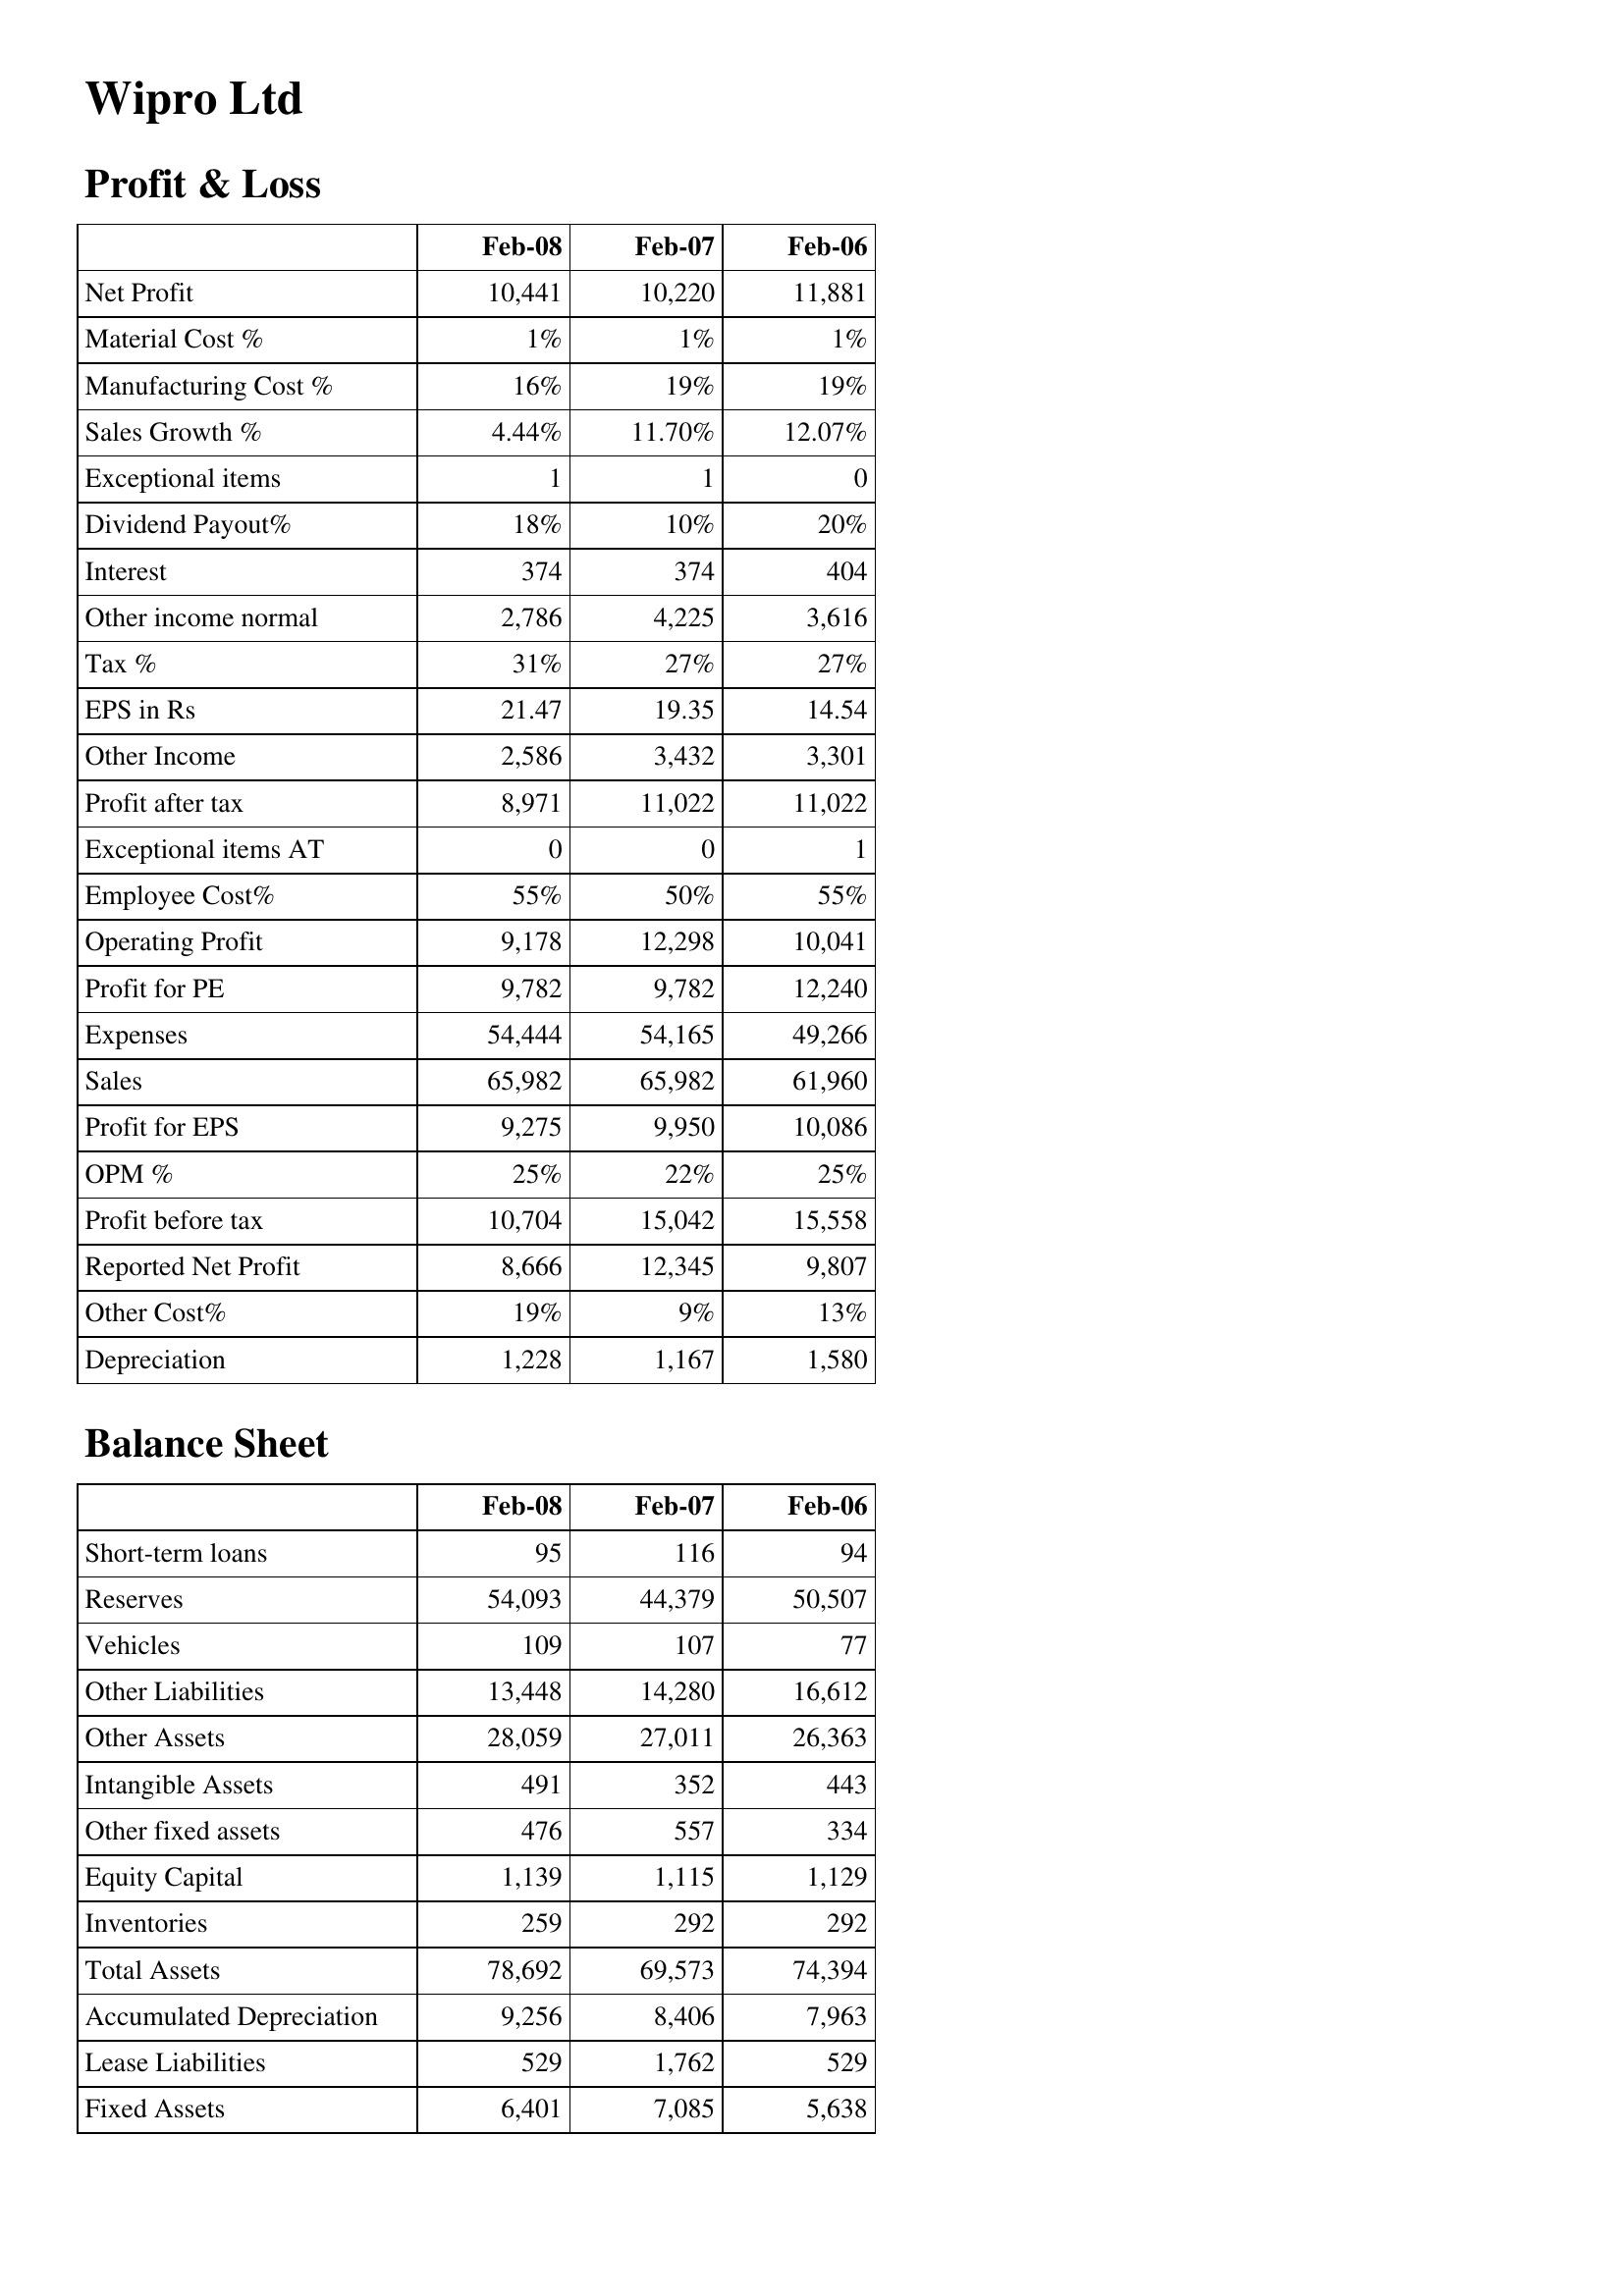
Feb-08: Profit & Loss: Net Profit: 10,441
Material Cost %: 1%
Manufacturing Cost %: 16%
Sales Growth %: 4.44%
Exceptional items: 1
Dividend Payout%: 18%
Interest: 374
Other income normal: 2,786
Tax %: 31%
EPS in Rs: 21.47
Other Income: 2,586
Profit after tax: 8,971
Exceptional items AT: 0
Employee Cost%: 55%
Operating Profit: 9,178
Profit for PE: 9,782
Expenses: 54,444
Sales: 65,982
Profit for EPS: 9,275
OPM %: 25%
Profit before tax: 10,704
Reported Net Profit: 8,666
Other Cost%: 19%
Depreciation: 1,228
Balance Sheet: Short-term loans: 95
Reserves: 54,093
Vehicles: 109
Other Liabilities: 13,448
Other Assets: 28,059
Intangible Assets: 491
Other fixed assets: 476
Equity Capital: 1,139
Inventories: 259
Total Assets: 78,692
Accumulated Depreciation: 9,256
Lease Liabilities: 529
Fixed Assets: 6,401
Feb-07: Profit & Loss: Net Profit: 10,220
Material Cost %: 1%
Manufacturing Cost %: 19%
Sales Growth %: 11.70%
Exceptional items: 1
Dividend Payout%: 10%
Interest: 374
Other income normal: 4,225
Tax %: 27%
EPS in Rs: 19.35
Other Income: 3,432
Profit after tax: 11,022
Exceptional items AT: 0
Employee Cost%: 50%
Operating Profit: 12,298
Profit for PE: 9,782
Expenses: 54,165
Sales: 65,982
Profit for EPS: 9,950
OPM %: 22%
Profit before tax: 15,042
Reported Net Profit: 12,345
Other Cost%: 9%
Depreciation: 1,167
Balance Sheet: Short-term loans: 116
Reserves: 44,379
Vehicles: 107
Other Liabilities: 14,280
Other Assets: 27,011
Intangible Assets: 352
Other fixed assets: 557
Equity Capital: 1,115
Inventories: 292
Total Assets: 69,573
Accumulated Depreciation: 8,406
Lease Liabilities: 1,762
Fixed Assets: 7,085
Feb-06: Profit & Loss: Net Profit: 11,881
Material Cost %: 1%
Manufacturing Cost %: 19%
Sales Growth %: 12.07%
Exceptional items: 0
Dividend Payout%: 20%
Interest: 404
Other income normal: 3,616
Tax %: 27%
EPS in Rs: 14.54
Other Income: 3,301
Profit after tax: 11,022
Exceptional items AT: 1
Employee Cost%: 55%
Operating Profit: 10,041
Profit for PE: 12,240
Expenses: 49,266
Sales: 61,960
Profit for EPS: 10,086
OPM %: 25%
Profit before tax: 15,558
Reported Net Profit: 9,807
Other Cost%: 13%
Depreciation: 1,580
Balance Sheet: Short-term loans: 94
Reserves: 50,507
Vehicles: 77
Other Liabilities: 16,612
Other Assets: 26,363
Intangible Assets: 443
Other fixed assets: 334
Equity Capital: 1,129
Inventories: 292
Total Assets: 74,394
Accumulated Depreciation: 7,963
Lease Liabilities: 529
Fixed Assets: 5,638